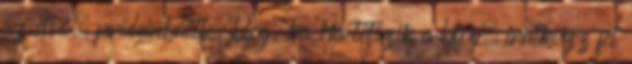
az első, prideinbattle.blog.hu Ha tetszik a blog, iratkozz fel